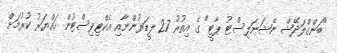
"ބަންގްލަދޭޝް ނޭޝަނަލިސްޓު ޕާޓީ" ގެ އިތުރު 27 ލީޑަރުންނާއި އެކްޓިވިސްޓުން ހައްޔަރު ކުރުމަށް